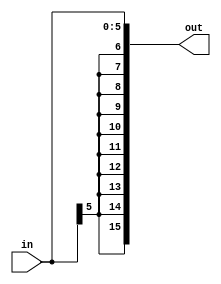
module sign_ext6(
	input [5:0] in,
	output [15:0] out
);

	assign out = { { 10{in[5]} }, in };

endmodule